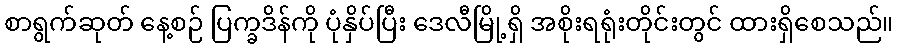
စာရွက်ဆုတ် နေ့စဉ် ပြက္ခဒိန်ကို ပုံနှိပ်ပြီး ဒေလီမြို့ရှိ အစိုးရရုံးတိုင်းတွင် ထားရှိစေသည်။